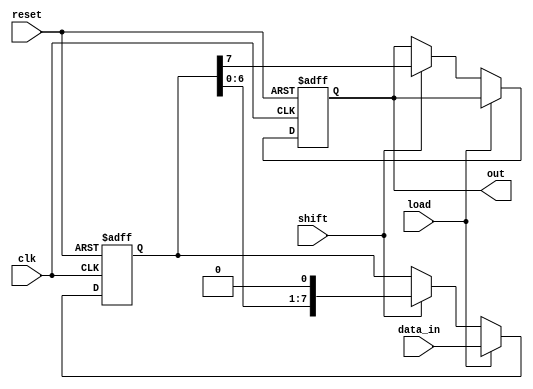
`timescale 1ns / 1ps
//////////////////////////////////////////////////////////////////////////////////
// Company: 
// Engineer: 
// 
// Design Name: 
// Module Name:    PISO 
// Project Name: 
// Target Devices: 
// Tool versions: 
// Description: 
//
// Dependencies: 
//
// Revision: 
// Revision 0.01 - File Created
// Additional Comments: 
//
//////////////////////////////////////////////////////////////////////////////////
module PISO(
	 input [7:0] data_in,
	 input clk,shift,load,reset,
    output reg out
    );
	 reg [7:0] temp = 8'd0;
	 
	 always @(posedge clk , negedge reset)
		begin
			if(!reset)
				begin
					temp <= 8'b0;
					out <= 1'b0;
				end
			else if(load)
				begin
					temp <= data_in;
				end
			else if(shift)
				begin
					temp <= {temp[6:0] , 1'b0};
					out <= temp[7];
				end
			else
				temp <= temp;
		end


endmodule